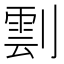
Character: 𠟙